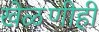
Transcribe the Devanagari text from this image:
खेळणीही